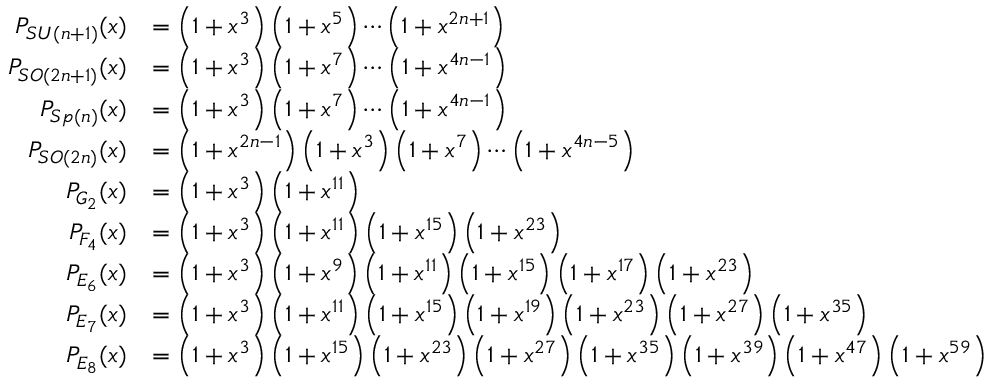
{ \begin{array} { r l } { P _ { S U ( n + 1 ) } ( x ) } & { = \left( 1 + x ^ { 3 } \right) \left( 1 + x ^ { 5 } \right) \cdots \left( 1 + x ^ { 2 n + 1 } \right) } \\ { P _ { S O ( 2 n + 1 ) } ( x ) } & { = \left( 1 + x ^ { 3 } \right) \left( 1 + x ^ { 7 } \right) \cdots \left( 1 + x ^ { 4 n - 1 } \right) } \\ { P _ { S p ( n ) } ( x ) } & { = \left( 1 + x ^ { 3 } \right) \left( 1 + x ^ { 7 } \right) \cdots \left( 1 + x ^ { 4 n - 1 } \right) } \\ { P _ { S O ( 2 n ) } ( x ) } & { = \left( 1 + x ^ { 2 n - 1 } \right) \left( 1 + x ^ { 3 } \right) \left( 1 + x ^ { 7 } \right) \cdots \left( 1 + x ^ { 4 n - 5 } \right) } \\ { P _ { G _ { 2 } } ( x ) } & { = \left( 1 + x ^ { 3 } \right) \left( 1 + x ^ { 1 1 } \right) } \\ { P _ { F _ { 4 } } ( x ) } & { = \left( 1 + x ^ { 3 } \right) \left( 1 + x ^ { 1 1 } \right) \left( 1 + x ^ { 1 5 } \right) \left( 1 + x ^ { 2 3 } \right) } \\ { P _ { E _ { 6 } } ( x ) } & { = \left( 1 + x ^ { 3 } \right) \left( 1 + x ^ { 9 } \right) \left( 1 + x ^ { 1 1 } \right) \left( 1 + x ^ { 1 5 } \right) \left( 1 + x ^ { 1 7 } \right) \left( 1 + x ^ { 2 3 } \right) } \\ { P _ { E _ { 7 } } ( x ) } & { = \left( 1 + x ^ { 3 } \right) \left( 1 + x ^ { 1 1 } \right) \left( 1 + x ^ { 1 5 } \right) \left( 1 + x ^ { 1 9 } \right) \left( 1 + x ^ { 2 3 } \right) \left( 1 + x ^ { 2 7 } \right) \left( 1 + x ^ { 3 5 } \right) } \\ { P _ { E _ { 8 } } ( x ) } & { = \left( 1 + x ^ { 3 } \right) \left( 1 + x ^ { 1 5 } \right) \left( 1 + x ^ { 2 3 } \right) \left( 1 + x ^ { 2 7 } \right) \left( 1 + x ^ { 3 5 } \right) \left( 1 + x ^ { 3 9 } \right) \left( 1 + x ^ { 4 7 } \right) \left( 1 + x ^ { 5 9 } \right) } \end{array} }